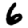
Digit: 6